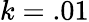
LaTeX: k=.01